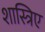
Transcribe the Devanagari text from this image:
शास्त्रिए